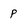
Character: p